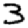
Digit: 3